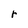
Character: r